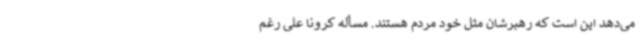
می‌دهد این است که رهبرشان مثل خود مردم هستند. مسأله کرونا علی رغم